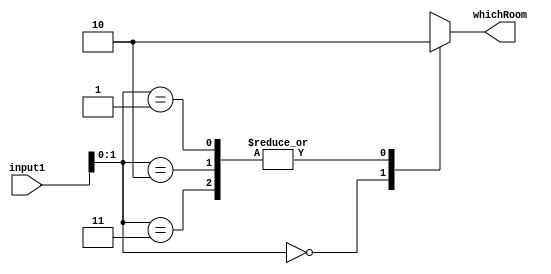
`timescale 1ns / 1ps
//////////////////////////////////////////////////////////////////////////////////
// Company: 
// Engineer: 
// 
// Design Name: 
// Module Name: lab6_practice1
// Project Name: 
// Target Devices: 
// Tool Versions: 
// Description: 
// 
// Dependencies: 
// 
// Revision:
// Revision 0.01 - File Created
// Additional Comments:
// 
//////////////////////////////////////////////////////////////////////////////////


module lab6_practice1(
    input [2:0] input1,
    output reg whichRoom
    );
    
    always @(input1)
    begin
         casex(input1)
         3'bx00:
             whichRoom = 1;
         3'bx01,3'bx10,3'bx11:
             whichRoom = 0;
        endcase
    end
    
endmodule